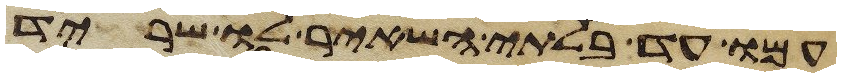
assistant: עמו עד בלתי השאיר לו שריד